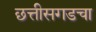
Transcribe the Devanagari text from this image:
छत्तीसगडचा